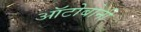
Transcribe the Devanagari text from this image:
ऑटोबोनी